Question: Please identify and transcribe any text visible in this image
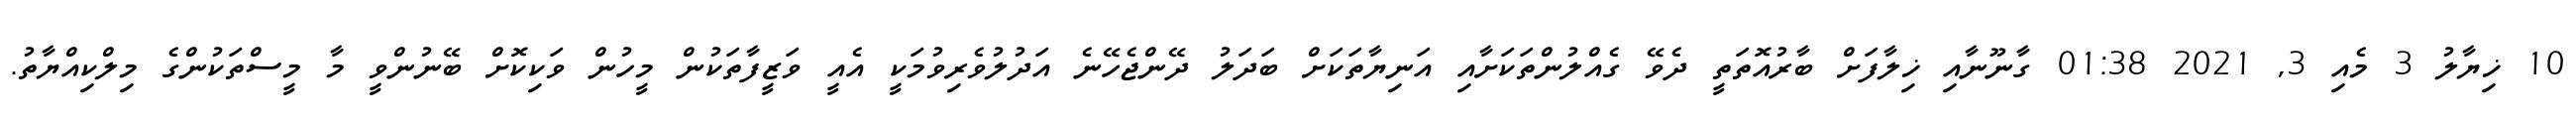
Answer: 10 ޚިޔާލު 3 މެއި 3, 2021 01:38 ގާނޫނާއި ޚިލާފަށް ބާރުއޮތަތީ ދެވޭ ގެއްލުންތަކަށާއި އަނިޔާތަކަށް ބަދަލު ދޭންޖެހޭނެ އަދުލުވެރިވުމަކީ އެއީ ވަޒީފާތަކުން މީހުން ވަކިކޮށް ބޭނުންވީ މާ މީސްތަކުންގެ މިލްކިއްޔާތު.